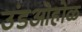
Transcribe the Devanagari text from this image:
उंडओहोळ